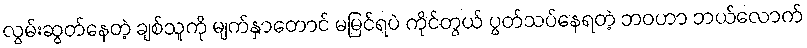
လွမ်းဆွတ်နေတဲ့ ချစ်သူကို မျက်နှာတောင် မမြင်ရပဲ ကိုင်တွယ် ပွတ်သပ်နေရတဲ့ ဘဝဟာ ဘယ်လောက်